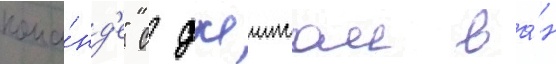
кома́нд'е" с джеимсом ва́н